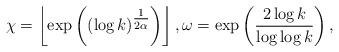
LaTeX: \begin{align*}\chi=\left\lfloor\exp\left((\log k)^{\tfrac{1}{2\alpha}}\right)\right\rfloor,\omega=\exp\left(\frac{2\log k}{\log\log k}\right),\end{align*}